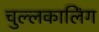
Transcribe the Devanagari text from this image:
चुल्लकालिंग